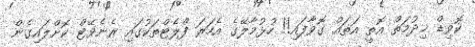
ކޮވިޑް ޚިދުމަތް އޮތީ އަތައް ގޮވާފައި!! ހުޅުމާލޭގެ އެހަރަ ފްލެޓްތަކުގައި ރެނެވޭޓް ކޮށްލައިގެން